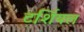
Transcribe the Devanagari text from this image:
टर्शियल